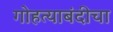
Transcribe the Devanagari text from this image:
गोहत्याबंदीचा